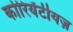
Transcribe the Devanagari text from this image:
कोरियेंटीयज़